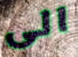
الى